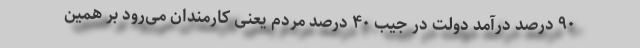
۹۰ درصد درآمد دولت در جیب ۴۰ درصد مردم یعنی کارمندان می‌رود بر همین